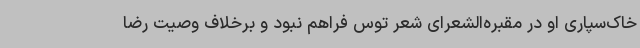
خاک‌سپاری او در مقبره‌الشعرای شعر توس فراهم نبود و برخلاف وصیت رضا